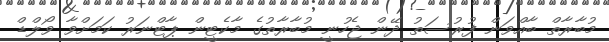
މުބާރާތް ބާއްވަން ފުރުސަތު ދޭން ޖެހުނީ މުބާރާތުގެ މާކެޓީން ޕާޓްނަރު ކަމަށްވާ ވޯލްޑް